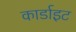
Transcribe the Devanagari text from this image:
कार्डाइट